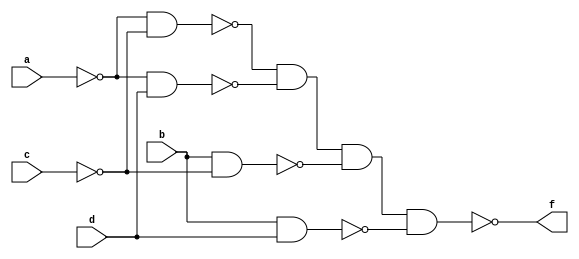
module q1(a,b,c,d,f);
input a,b,c,d;
output f;
nand(g1, ~a, ~c);
nand(g2, ~a, d);
nand(g3, b, ~c);
nand(g4, b, d);
nand(f, g1, g2, g3, g4);
endmodule